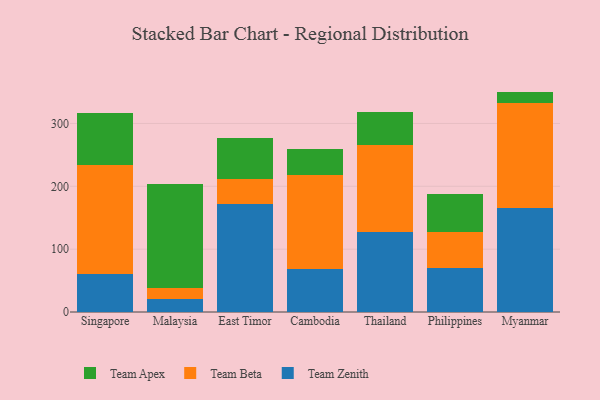
{"axis": {"x": "Country", "y": "Website Visitors"}, "legend": ["Team Apex", "Team Beta", "Team Zenith"], "data": [{"x": "Singapore", "y": 60.8, "type": "Team Zenith"}, {"x": "Singapore", "y": 172.5, "type": "Team Beta"}, {"x": "Singapore", "y": 83.1, "type": "Team Apex"}, {"x": "Malaysia", "y": 20.3, "type": "Team Zenith"}, {"x": "Malaysia", "y": 17.3, "type": "Team Beta"}, {"x": "Malaysia", "y": 166.3, "type": "Team Apex"}, {"x": "East Timor", "y": 172.5, "type": "Team Zenith"}, {"x": "East Timor", "y": 38.9, "type": "Team Beta"}, {"x": "East Timor", "y": 66.0, "type": "Team Apex"}, {"x": "Cambodia", "y": 67.9, "type": "Team Zenith"}, {"x": "Cambodia", "y": 150.2, "type": "Team Beta"}, {"x": "Cambodia", "y": 41.9, "type": "Team Apex"}, {"x": "Thailand", "y": 127.7, "type": "Team Zenith"}, {"x": "Thailand", "y": 138.0, "type": "Team Beta"}, {"x": "Thailand", "y": 53.3, "type": "Team Apex"}, {"x": "Philippines", "y": 70.0, "type": "Team Zenith"}, {"x": "Philippines", "y": 56.7, "type": "Team Beta"}, {"x": "Philippines", "y": 61.4, "type": "Team Apex"}, {"x": "Myanmar", "y": 165.3, "type": "Team Zenith"}, {"x": "Myanmar", "y": 167.3, "type": "Team Beta"}, {"x": "Myanmar", "y": 18.1, "type": "Team Apex"}]}